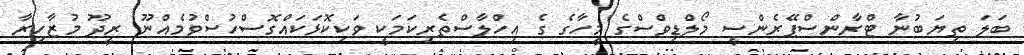
ބަލަ ތިޔަބުނާ ޓްރާންސްޕޭރެންސީ މޯލްޑިވްސްގެ މީހާގެ ގެ އިހްލާސްތެރިކަމަކީ ވަކިކޮޅަކައްގޮސްހުސްވުމެއްނޫ ރީދޫ މުޒާހިރާ